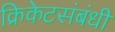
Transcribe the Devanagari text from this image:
क्रिकेटसंबंधी